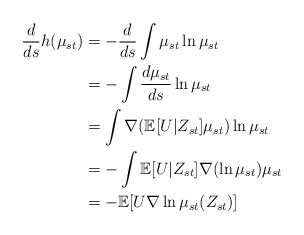
\begin{align*}\frac{d}{ds}h(\mu_{st})&=-\frac{d}{ds}\int\mu_{st}\ln\mu_{st}\\&=-\int\frac{d\mu_{st}}{ds}\ln\mu_{st}\\&=\int\nabla(\mathbb{E}[U|Z_{st}]\mu_{st})\ln\mu_{st}\\&=-\int \mathbb{E}[U|Z_{st}]\nabla(\ln\mu_{st})\mu_{st}\\&=-\mathbb{E}[U\nabla\ln\mu_{st}(Z_{st})]\end{align*}